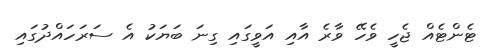
ޓެންޓެއް ޖެހީ ވެހޭ ވާރެ އާއި އަވީގައި ގިނަ ބަޔަކު އެ ސަރަހައްދުގައި